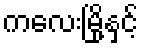
ကလေးမြို့နှင့်